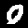
Label: 0